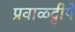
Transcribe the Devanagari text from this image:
प्रवाळद्वीपे